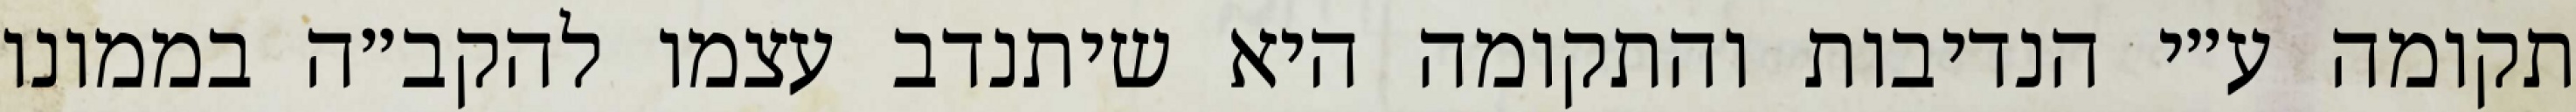
תקומה ע״י הנדיבות והתקומה היא שיתנדב עצמו להקב״ה בממונו